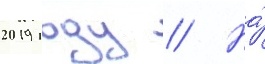
2019 году // На́